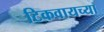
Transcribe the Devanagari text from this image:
टिकवायच्या